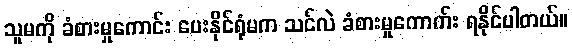
သူမကို ခံစားမှုကောင်း ပေးနိုင်ရုံမက သင်လဲ ခံစားမှုကောက်း ရနိုင်ပါတယ်။